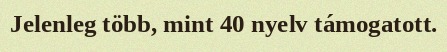
Jelenleg több, mint 40 nyelv támogatott.